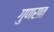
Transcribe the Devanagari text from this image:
गुणरात